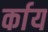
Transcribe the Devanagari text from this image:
र्काय